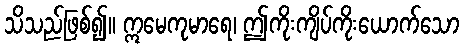
သိသည်ဖြစ်၍။ ဣမေကုမာရေ၊ ဤကိုးကျိပ်ကိုးယောက်သော